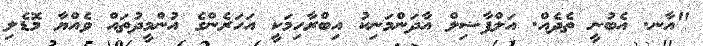
"އާނ. އެބުނީ ތެދެއް. އަލްފާޟިލް އާދަންމަނިކު އިބްރާހިމަކީ އަހަރެންގެ އުންމީދުތައް ވެއްޔާ މޮޑެލި